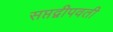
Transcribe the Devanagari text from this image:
सप्तद्वीपवती